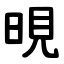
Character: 晛